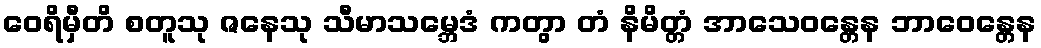
ဝေရိမှီတိ စတူသု ဇနေသု သီမာသမ္ဘေဒံ ကတွာ တံ နိမိတ္တံ အာသေဝန္တေန ဘာဝေန္တေန